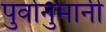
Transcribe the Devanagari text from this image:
पुर्वानुमानी